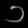
Digit: ၁